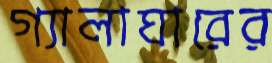
গ্যালাঘারের